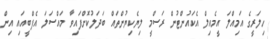
ހިލަރީގެ އަމިއްލަ އީމެއިލް އެކައުންޓުން ރަސްމީ ލިޔެކިޔުންތައް ބަދަލުކޮށްފައިވާ މައްސަލަ އެފްބީއައި އިން